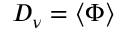
D _ { \nu } = \langle \Phi \rangle